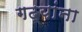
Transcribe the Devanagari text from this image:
गढ्यांना